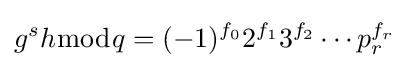
g^{s}h{\bmod {q}}=(-1)^{f_{0}}2^{f_{1}}3^{f_{2}}\cdots p_{r}^{f_{r}}